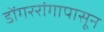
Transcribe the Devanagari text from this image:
डोंगररांगापासून